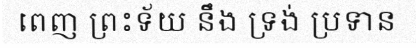
ពេញ ព្រះទ័យ នឹង ទ្រង់ ប្រទាន